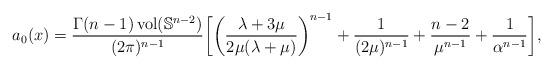
LaTeX: \begin{align*} a_0(x) = \frac{\Gamma(n-1)\operatorname{vol}(\mathbb{S}^{n-2})}{(2\pi)^{n-1}} \biggl[ \biggl( \frac{\lambda + 3\mu}{2\mu (\lambda + \mu)} \biggr)^{n-1} + \frac{1}{(2\mu)^{n-1}} + \frac{n-2}{\mu^{n-1}} + \frac{1}{\alpha^{n-1}} \biggr], \end{align*}